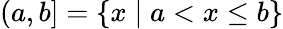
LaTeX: (a,b]=\{ x\mid a<x\leq b\}